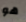
هو